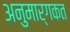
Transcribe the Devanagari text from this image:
अनुमार्गकत